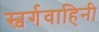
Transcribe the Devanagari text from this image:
स्वर्गवाहिनी